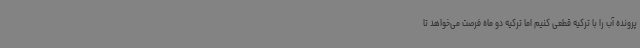
پرونده آب را با ترکیه قطعی کنیم اما ترکیه دو ماه فرصت می‌خواهد تا